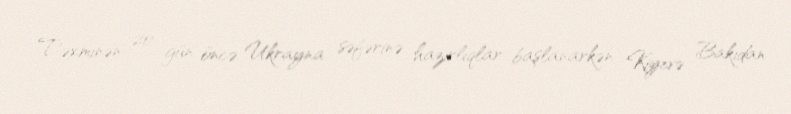
Təxminən 20 gün öncə Ukrayna səfərinə hazırlıqlar başlanarkən Kiyevə Bakıdan